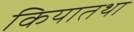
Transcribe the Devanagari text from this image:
कियातथा